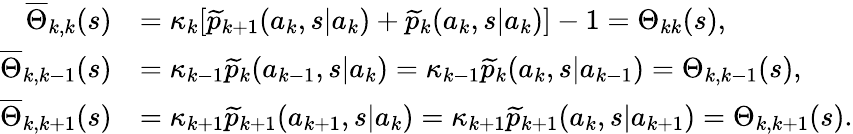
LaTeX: \begin{array}{rl}{\overline{{\Theta}}_{k,k}(s)}&{=\kappa_{k}[\widetilde{p}_{k+1}(a_{k},s|a_{k})+\widetilde{p}_{k}(a_{k},s|a_{k})]-1=\Theta_{kk}(s),}\\ {\overline{{\Theta}}_{k,k-1}(s)}&{=\kappa_{k-1}\widetilde{p}_{k}(a_{k-1},s|a_{k})=\kappa_{k-1}\widetilde{p}_{k}(a_{k},s|a_{k-1})=\Theta_{k,k-1}(s),}\\ {\overline{{\Theta}}_{k,k+1}(s)}&{=\kappa_{k+1}\widetilde{p}_{k+1}(a_{k+1},s|a_{k})=\kappa_{k+1}\widetilde{p}_{k+1}(a_{k},s|a_{k+1})=\Theta_{k,k+1}(s).}\end{array}